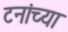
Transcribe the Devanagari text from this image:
टनांच्या